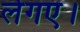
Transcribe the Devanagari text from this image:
लेगए।